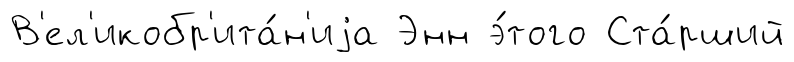
В'ел'икобр'ита́н'иjа Энн э́того Ста́рший